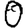
Digit: 0